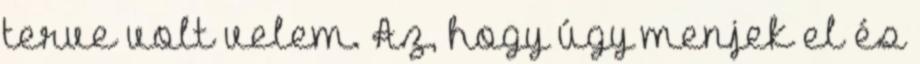
terve volt velem. Az, hogy úgy menjek el és